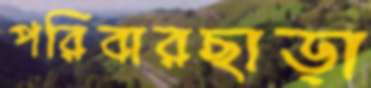
পরিবারছাড়া